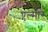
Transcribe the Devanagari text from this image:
एल्मोरे